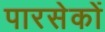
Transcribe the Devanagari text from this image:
पारसेकों